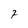
Character: 7